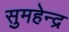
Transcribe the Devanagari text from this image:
सुमहेन्द्र